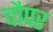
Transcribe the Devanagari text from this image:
चौपर